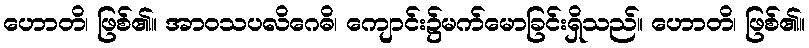
ဟောတိ၊ ဖြစ်၏။ အာဝသပလိဂေဓိ၊ ကျောင်း၌မက်မောခြင်းရှိသည်။ ဟောတိ၊ ဖြစ်၏။